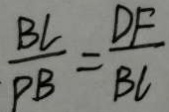
\frac { B C } { P B } = \frac { D F } { B C }